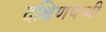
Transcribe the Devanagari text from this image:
दक्षिणपन्थी